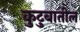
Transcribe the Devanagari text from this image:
कुटुबातील